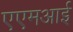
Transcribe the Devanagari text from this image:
एएमआई